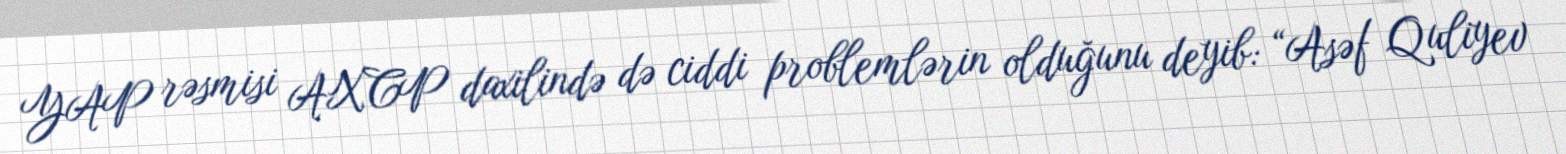
YAP rəsmisi AXCP daxilində də ciddi problemlərin olduğunu deyib: “Asəf Quliyev